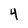
Character: 4